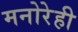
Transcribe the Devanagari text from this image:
मनोरेही